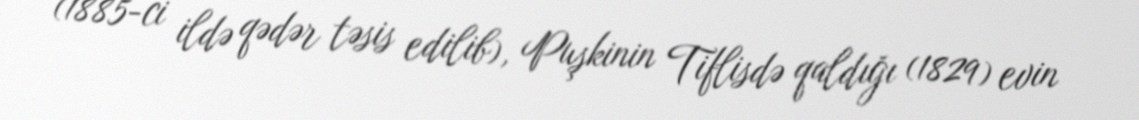
(1885-ci ildə qədər təsis edilib), Puşkinin Tiflisdə qaldığı (1829) evin